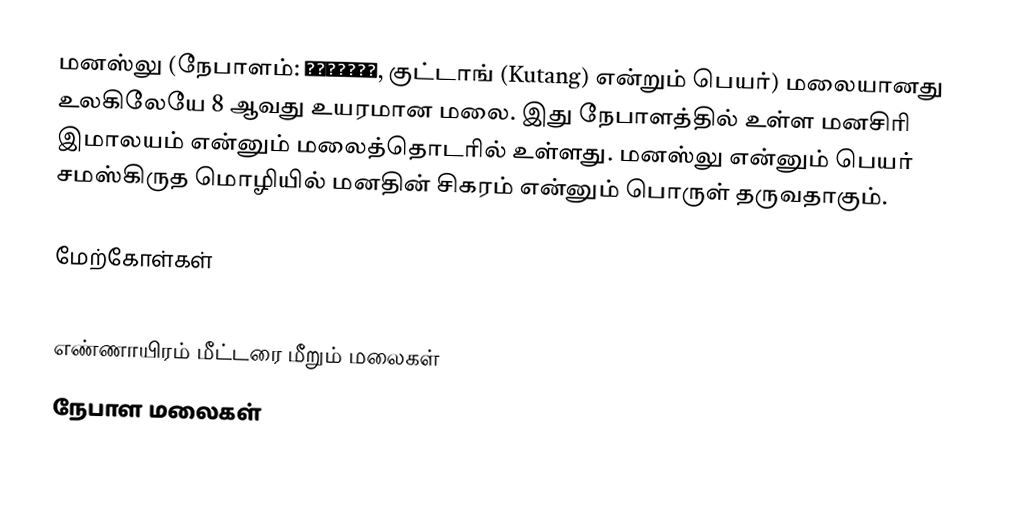
மனஸ்லு (நேபாளம்: मनास्लु, குட்டாங் (Kutang) என்றும் பெயர்) மலையானது உலகிலேயே 8 ஆவது உயரமான மலை. இது நேபாளத்தில் உள்ள மனசிரி இமாலயம் என்னும் மலைத்தொடரில் உள்ளது. மனஸ்லு என்னும் பெயர் சமஸ்கிருத மொழியில் மனதின் சிகரம் என்னும் பொருள் தருவதாகும்.

மேற்கோள்கள்

எண்ணாயிரம் மீட்டரை மீறும் மலைகள்
நேபாள மலைகள்